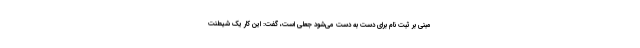
مبنی بر ثبت نام برای دست به دست می‌شود جعلی است، گفت: این کار یک شیطنت